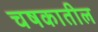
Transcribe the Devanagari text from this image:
चषकातील